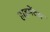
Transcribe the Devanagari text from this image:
हाइमेंटस